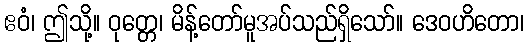
ဧဝံ၊ ဤသို့။ ဝုတ္တေ၊ မိန့်တော်မူအပ်သည်ရှိသော်။ ဒေဝဟိတော၊